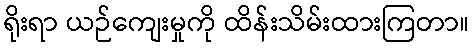
ရိုးရာ ယဉ်ကျေးမှုကို ထိန်းသိမ်းထားကြတာ။